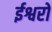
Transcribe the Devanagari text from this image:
ईश्वरो